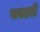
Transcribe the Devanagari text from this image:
क्वटरों